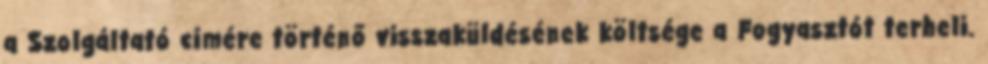
a Szolgáltató címére történő visszaküldésének költsége a Fogyasztót terheli.